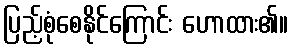
ပြည့်စုံစေနိုင်ကြောင်း ဟောထား၏။